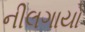
નીલગાયો